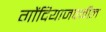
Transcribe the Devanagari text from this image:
गोंदियाजवळील